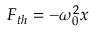
F _ { t h } = - \omega _ { 0 } ^ { 2 } x